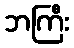
ဘကြီး